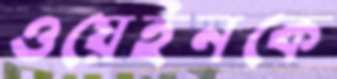
ওয়েইনকে